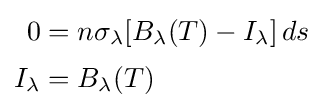
{\begin{aligned}0&=n\sigma _{\lambda }[B_{\lambda }(T)-I_{\lambda }]\,ds\\[2pt]I_{\lambda }&=B_{\lambda }(T)\end{aligned}}